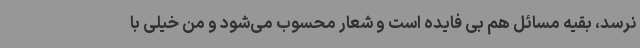
نرسد، بقیه مسائل هم بی فایده است و شعار محسوب می‌شود و من خیلی با